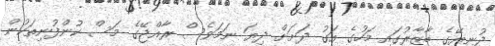
ދުނިޔޭގެ ބާޒާރުގައި މަހުގެ އަގު ދަށަށް ދިޔަ ނަމަވެސް ރާއްޖޭގެ މަސް ކުންފުނިތަކުން